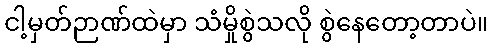
ငါ့မှတ်ဉာဏ်ထဲမှာ သံမှိုစွဲသလို စွဲနေတော့တာပဲ။